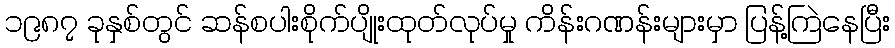
၁၉၈၇ ခုနှစ်တွင် ဆန်စပါးစိုက်ပျိုးထုတ်လုပ်မှု ကိန်းဂဏန်းများမှာ ပြန့်ကြဲနေပြီး